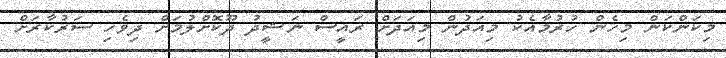
މިކަންކަން މިހެން ހުރުމާއެކު މިއަދުން މިއަދަށް ރައީސް ނަޝީދު ދޫކޮށްލުމަށް ދިވެހި ސަރުކާރަށް